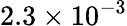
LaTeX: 2.3\times 10^{-3}